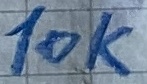
Text: 10K